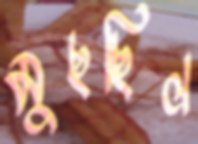
মুছছিল